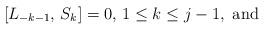
LaTeX: \begin{align*}[L_{-k-1}, \, S_k] = 0, \, 1 \leq k \leq j-1, \hbox{ and }\end{align*}